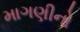
માગણીનો